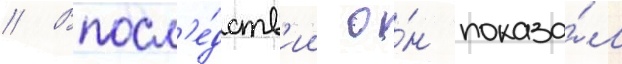
// Впосл'е́дств'ии о́н показа́л